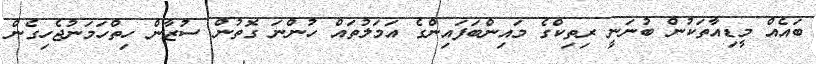
ބައެއް މީޑިއާތަކުން ބުނަނީ ރިތިކްގެ މައިންބަފައިންގެ އަމަލުތައް ހުންނަ ގޮތުން ސުޒާން ހިތްހަމަނުޖެހިގެން